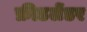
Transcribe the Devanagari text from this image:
फ्रीडलेंडर